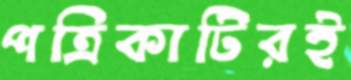
পত্রিকাটিরই